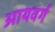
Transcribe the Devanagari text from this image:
आयवर्ग